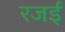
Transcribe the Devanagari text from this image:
रजई